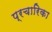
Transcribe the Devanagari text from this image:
प्रचारिका